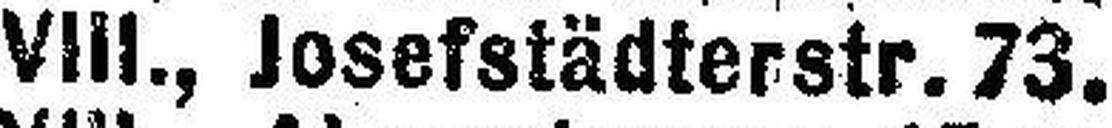
VIII., Josefstädterstr. 73.